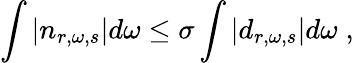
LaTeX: \int\left|n_{r,\omega,s}\right|d\omega\leq\sigma\int\left|d_{r,\omega,s}\right|d\omega\; ,